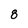
Character: 8